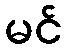
မင်